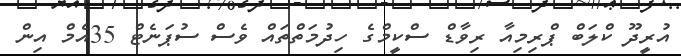
އުރީދޫ ކްލަބް ޕްރިމިއާ ރިވާޑް ސްކީމްގެ ހިދުމަތްތައް ވެސް ސުޕަނެޓް 35އެމް އިން